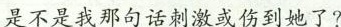
是不是我那句话刺激或伤到她了?